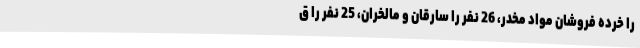
را خرده فروشان مواد مخدر، 26 نفر را سارقان و مالخران، 25 نفر را ق